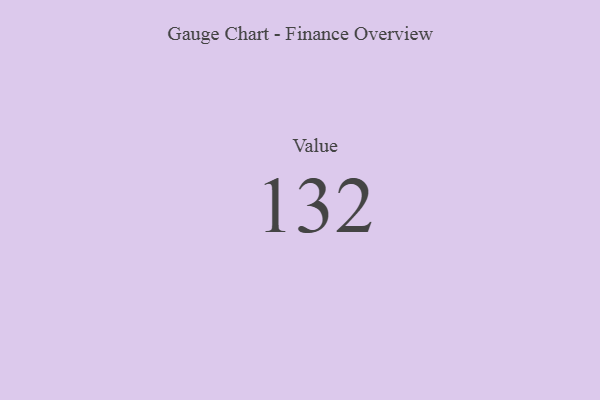
{"axis": {"x": "Metric", "y": "Value"}, "legend": [""], "data": [{"x": "Value", "y": 132, "type": ""}]}